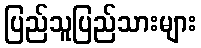
ပြည်သူပြည်သားများ